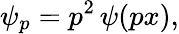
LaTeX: \psi_{p}=p^{2}\, \psi(px),